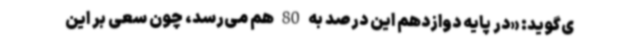
ی‌گوید: «در پایه دوازدهم این ‌درصد به 80 هم می‌رسد، چون سعی بر این